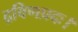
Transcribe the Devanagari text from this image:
द्रविणप्रदः।